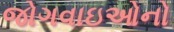
જોગવાઇઓનો